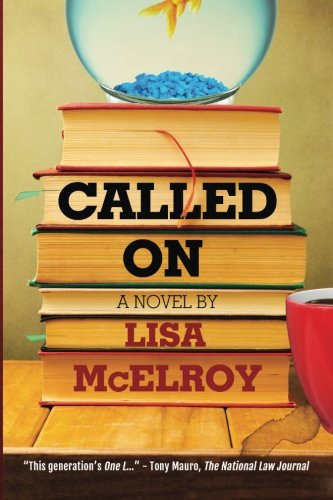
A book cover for Called On; Lisa McElroy; Mystery, Thriller & Suspense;